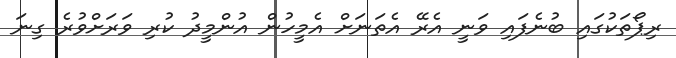
ރިޕޯތަކުގައި ބުނެފައި ވަނީ އެރޭ އެތަނަށް އެމީހުން އުންމީދު ކުރި ވަރަށްވުރެ ގިނަ